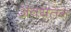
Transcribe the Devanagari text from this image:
अवयतन